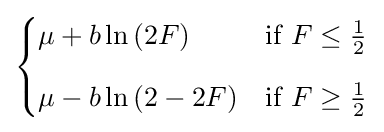
{\begin{cases}\mu +b\ln \left(2F\right)&{\text{if }}F\leq {\frac {1}{2}}\\[8pt]\mu -b\ln \left(2-2F\right)&{\text{if }}F\geq {\frac {1}{2}}\end{cases}}